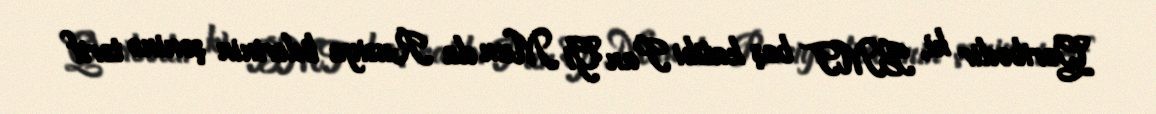
Qəribədir ki, BMT baş katibi Pan Gi Mun da Rusiya liderinin şəninə tərif